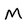
Character: M